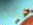
مكان